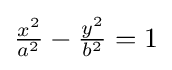
{\tfrac {x^{2}}{a^{2}}}-{\tfrac {y^{2}}{b^{2}}}=1